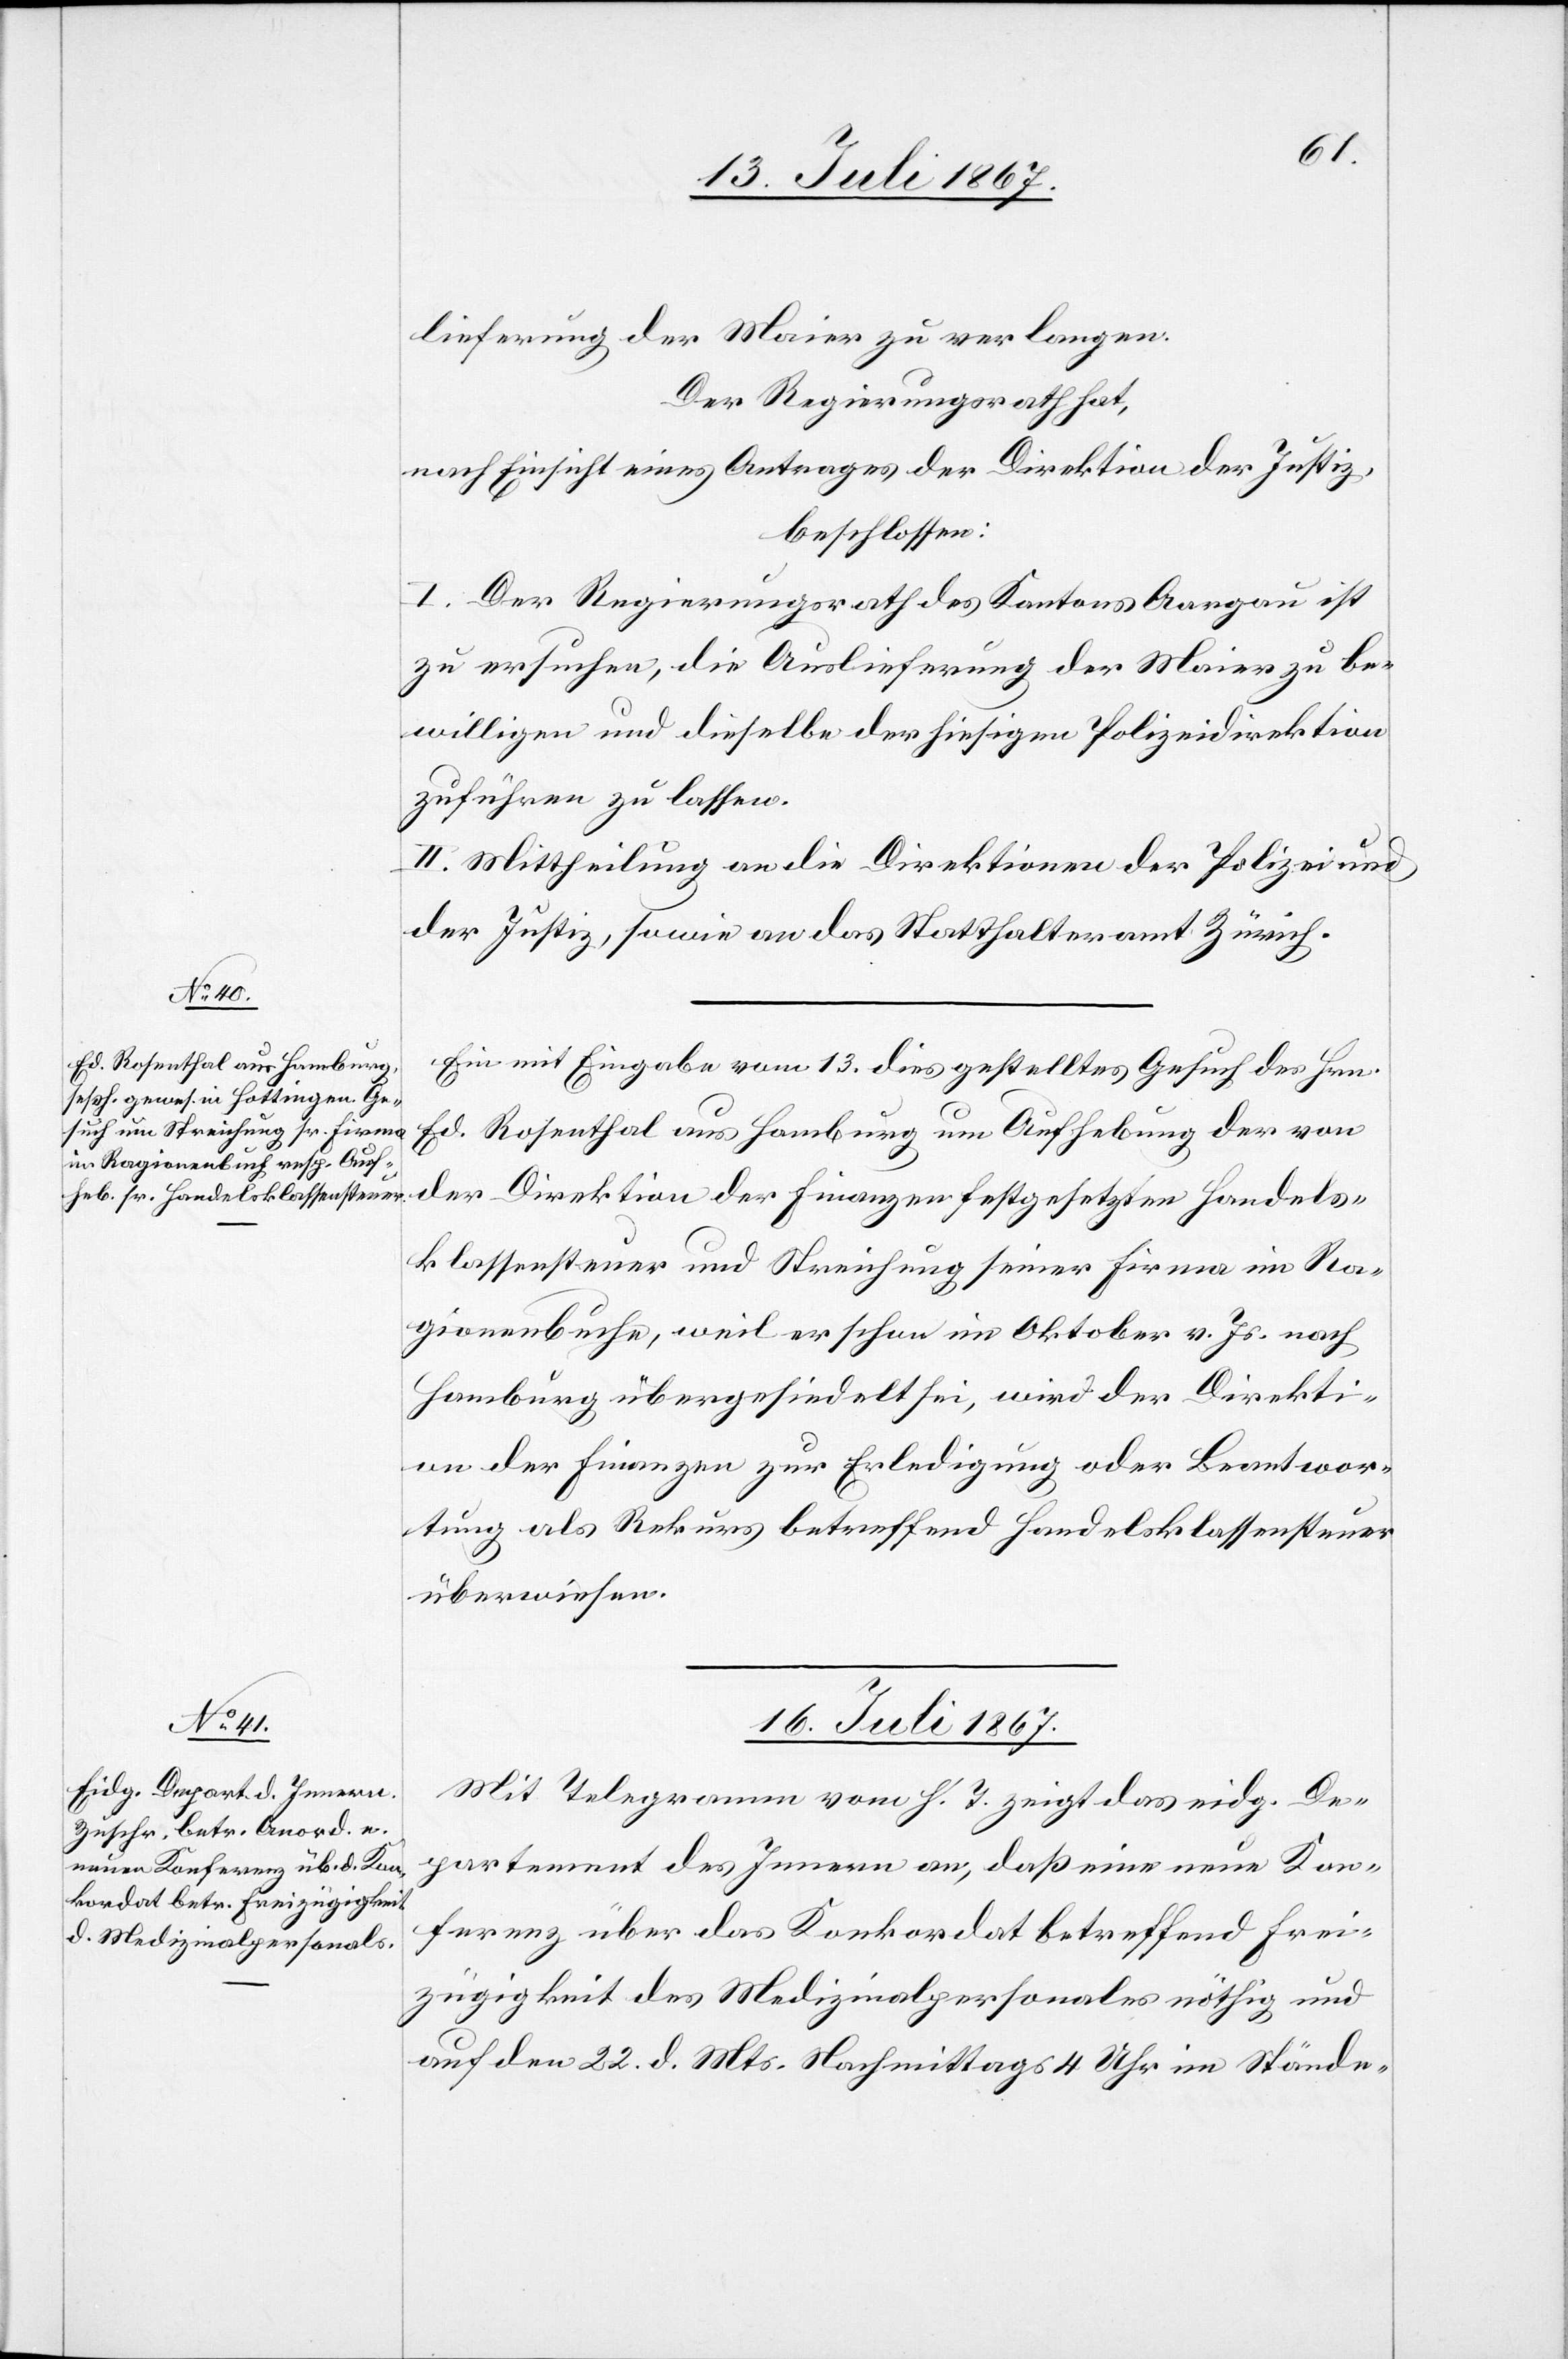
13. Juli 1867.]
lieferung der Maier zu verlangen.
Der Regierungsrath hat,
nach Einsicht eines Antrages der Direktion der Justiz,
beschlossen:
I. Der Regierungsrath des Kantons Aargau ist
zu ersuchen, die Auslieferung der Maier zu be¬
willigen und dieselbe der hiesigen Polizeidirektion
zuführen zu lassen.
II. Mittheilung an die Direktionen der Polizei und
der Justiz, sowie an das Statthalteramt Zürich.
Ein mit Eingabe vom 13. dies gestelltes Gesuch des Hrn.
Ed. Rosenthal aus Hamburg um Aufhebung der von
der Direktion der Finanzen festgesetzten Handels¬
klassensteuer und Streichung seiner Firma im Ra¬
gionenbuche, weil er schon im Oktober v. Js. nach
Hamburg übergesiedelt sei, wird der Direkti¬
on der Finanzen zur Erledigung oder Beantwor¬
tung als Rekurs betreffend Handelsklassensteuer
überwiesen.
16. Juli 1867.
Mit Telegramm vom h. T. zeigt das eidg. De¬
partement des Innern an, daß eine neue Kon¬
ferenz über das Konkordat betreffend Frei¬
zügigkeit des Medizinalpersonals nöthig und
auf den 22. d. Mts. Nachmittags 4 Uhr im Stände-